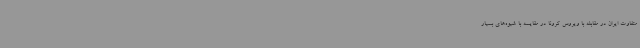
متفاوت ایران در مقابله با ویروس کرونا در مقایسه با شیوه‌های بسیار